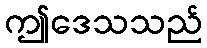
ဤဒေသသည်